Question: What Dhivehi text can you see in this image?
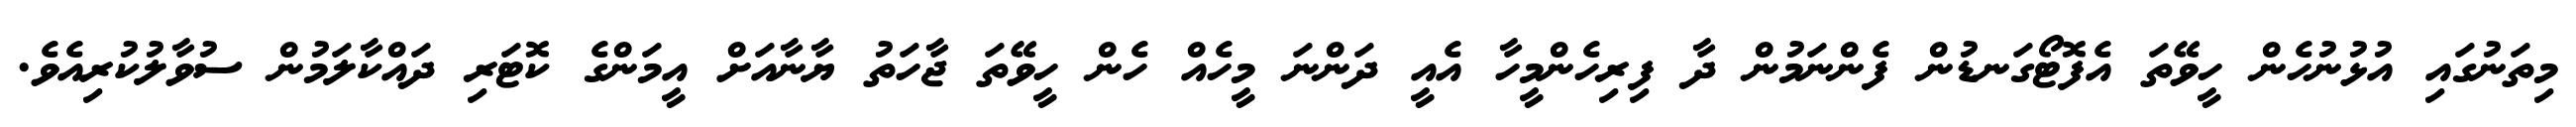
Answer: މިތަނުގައި އުޅުނުހެން ހީވޭތަ އެފޮޓޯގަނޑުން ފެންނަމުން ދާ ފިރިހެންމީހާ އެއީ ދަންނަ މީހެއް ހެން ހީވޭތަ ޖާހަތު ޔާނާއަށް އީމަންގެ ކޮޓަރި ދައްކާލަމުން ސުވާލުކުރިއެވެ.